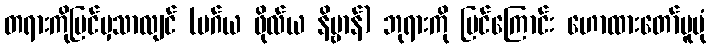
တရားကိုမြင်မှသာလျင် (မဂ်ယ ဖိုလ်ယ နိဗ္ဗာန်) ဘုရားကို မြင်ကြောင်း ဟောထားတော်မူပုံ